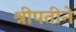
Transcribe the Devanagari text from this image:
श्रीपतीने